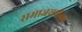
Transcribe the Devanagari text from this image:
समाजसमीक्षक